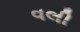
વલી